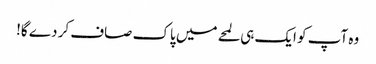
وہ آپ کو ایک ہی لمحے میں پاک صاف کر دے گا!